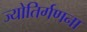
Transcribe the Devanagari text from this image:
ज्योतिर्गणना